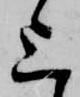
上